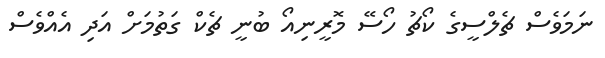
ނަމަވެސް ޗެލްސީގެ ކޯޗު ހޯސޭ މޮރީނިއޯ ބުނީ ޗެކް ގަތުމަށް އަދި އެއްވެސް